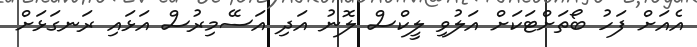
އެއަށް ފަހު ބޯތަށްޓަކަށް އަލުވި ލީކްސް ލޮނު އަދި އަސޭމިރުސް އަޅައި ރަނގަޅަށް